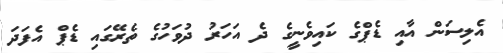
އެލިސަން އާއި ޑެޕްގެ ކައިވެނީގެ ދެ އަހަރު ދުވަހުގެ ތެރޭގައި ޑެޕް އެފަދަ